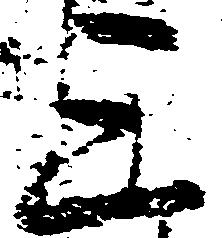
三